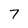
Character: 7